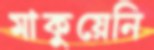
মাকুয়েনি